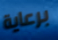
برعاية